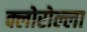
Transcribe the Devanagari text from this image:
क्लोरोल्ला